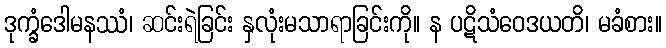
ဒုက္ခံဒေါမနဿံ၊ ဆင်းရဲခြင်း နှလုံးမသာရာခြင်းကို။ န ပဋိသံဝေဒယတိ၊ မခံစား။